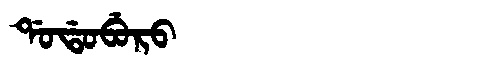
Manchu: ᡩᠣᡩᠣᠪᡠᡵᠣ
Romanization: DODOBURO